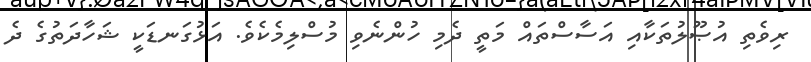
ރިވެތި އުޞޫލުތަކާއި އަސާސްތައް މަތީ ދެމި ހުންނެވި މުސްލިމެކެވެ. އަޅުގަނޑަކީ ޝަހާދަތުގެ ދެ